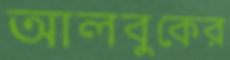
আলবুকের